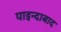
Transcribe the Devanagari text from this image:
पाइन्दाबाद